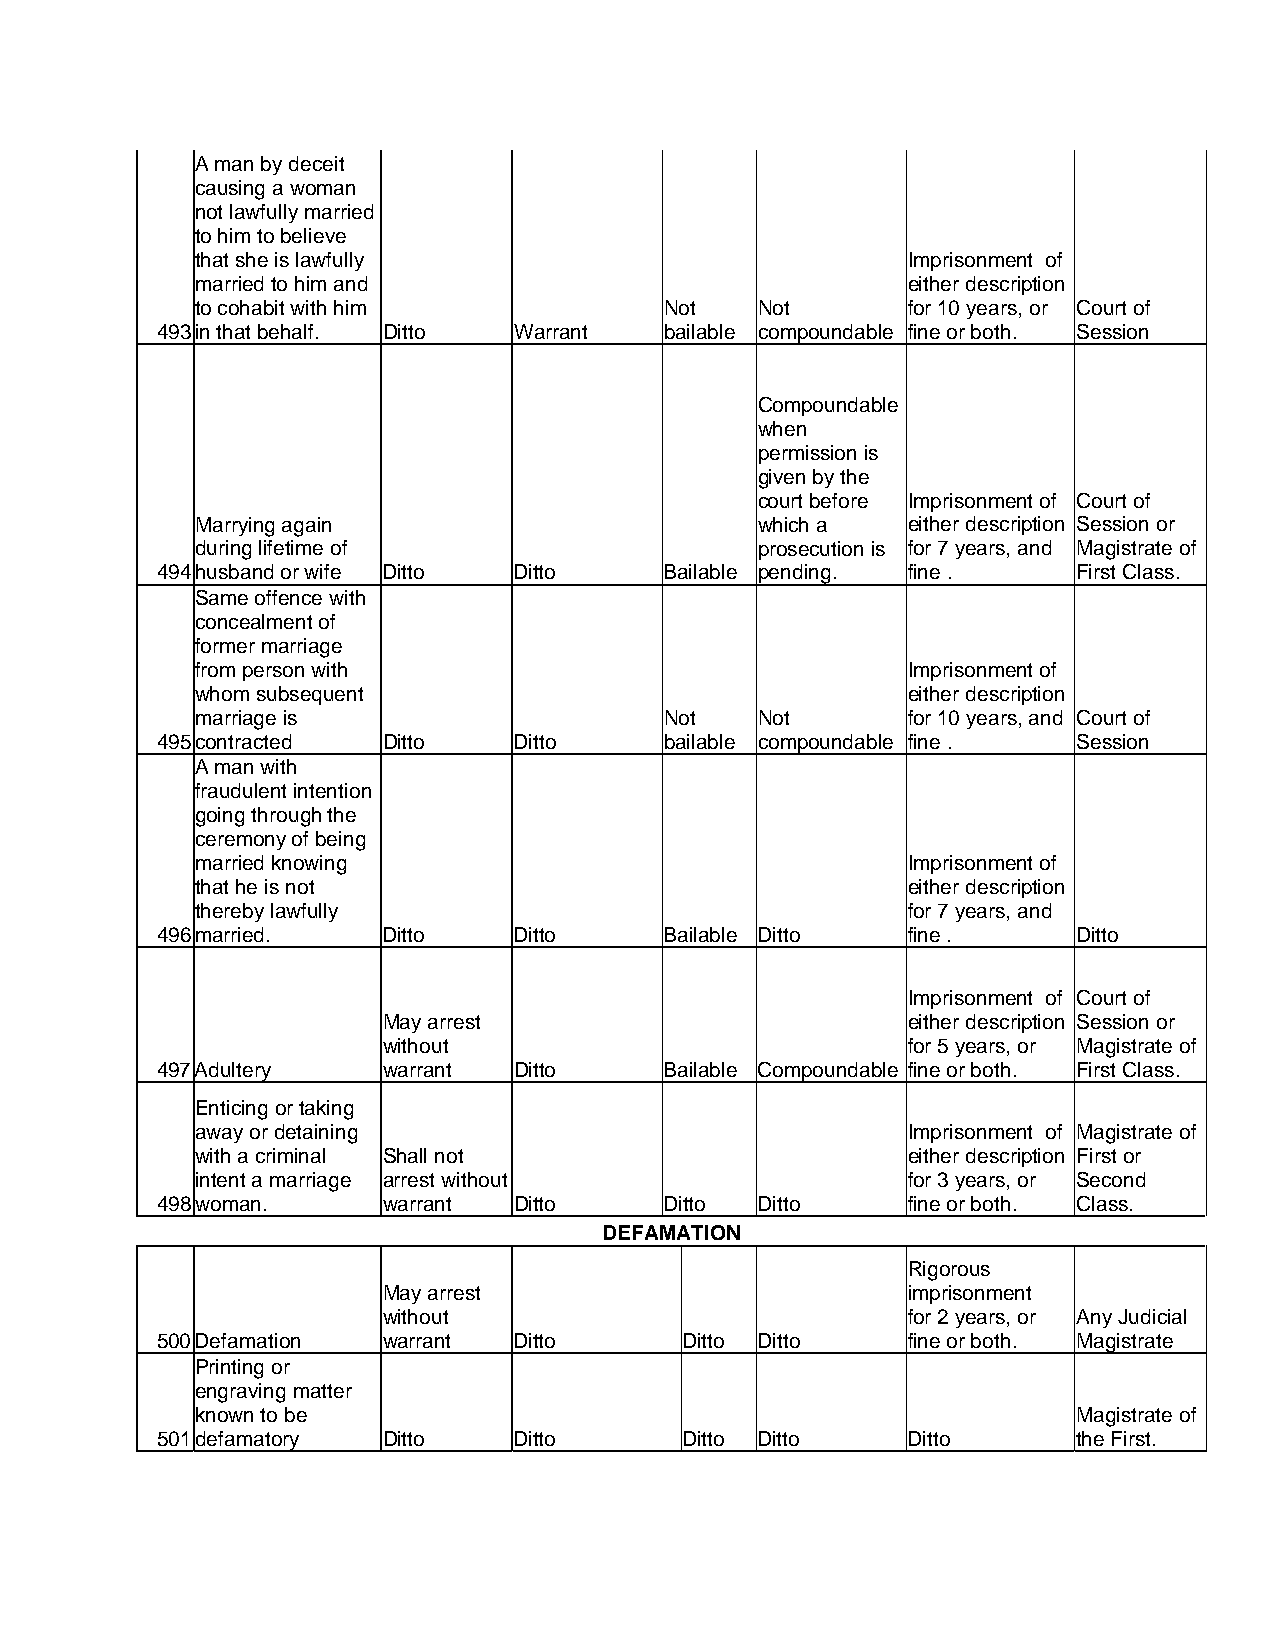
A man by deceit
 causing a woman
 not lawfully married
 to him to believe
 that she is lawfully                           Imprisonment of
 married to him and                             either description
 to cohabit with him            Not   Not       for 10 years, or Court of
 493 in that behalf. Ditto Warrant bailable compoundable fine or both. Session
 Compoundable
 when
 permission is
 given by the
 court before Imprisonment of Court of
 Marrying again                       which a   either description Session or
 during lifetime of                   prosecution is for 7 years, and Magistrate of
 494 husband or wife Ditto Ditto   Bailable pending. fine .   First Class.
 Same offence with
 concealment of
 former marriage
 from person with                               Imprisonment of
 whom subsequent                                either description
 marriage is                    Not   Not       for 10 years, and Court of
 495 contracted Ditto    Ditto     bailable compoundable fine . Session
 A man with
 fraudulent intention
 going through the
 ceremony of being
 married knowing                                Imprisonment of
 that he is not                                 either description
 thereby lawfully                               for 7 years, and
 496 married.   Ditto    Ditto     Bailable Ditto  fine .     Ditto
 Imprisonment of Court of
 May arrest                         either description Session or
 without                            for 5 years, or Magistrate of
 497 Adultery   warrant  Ditto     Bailable Compoundable fine or both. First Class.
 Enticing or taking
 away or detaining                              Imprisonment of Magistrate of
 with a criminal Shall not                      either description First or
 intent a marriage arrest without               for 3 years, or Second
 498 woman.     warrant  Ditto     Ditto Ditto     fine or both. Class.
 DEFAMATION
 Rigorous
 May arrest                         imprisonment
 without                            for 2 years, or Any Judicial
 500 Defamation warrant  Ditto      Ditto Ditto    fine or both. Magistrate
 Printing or
 engraving matter
 known to be                                               Magistrate of
 501 defamatory Ditto    Ditto      Ditto Ditto    Ditto      the First.